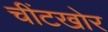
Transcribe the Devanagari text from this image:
चींटखोर